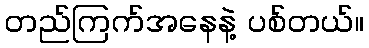
တည်ကြက်အနေနဲ့ ပစ်တယ်။